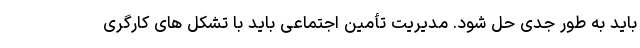
باید به طور جدی حل شود. مدیریت تأمین اجتماعی باید با تشکل های کارگری